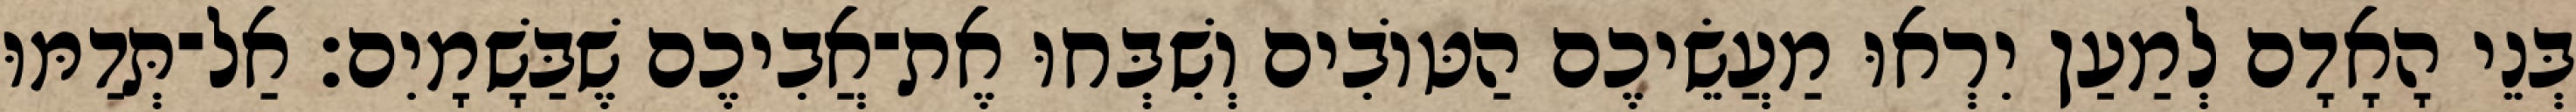
בְּנֵי הָאָדָם לְמַעַן יִרְאוּ מַעֲשֵׂיכֶם הַטּוֹבִים וְשִׁבְּחוּ אֶת־אֲבִיכֶם שֶׁבַּשָׁמָיִם׃ אַל־תְּדַמּוּ